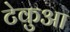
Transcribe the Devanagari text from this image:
टेकुआ